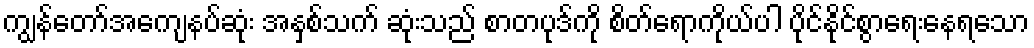
ကျွန်တော်အကျေနပ်ဆုံး အနှစ်သက် ဆုံးသည် စာတပုဒ်ကို စိတ်ရောကိုယ်ပါ ပိုင်နိုင်စွာရေးနေရသော